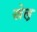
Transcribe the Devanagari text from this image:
खेल़